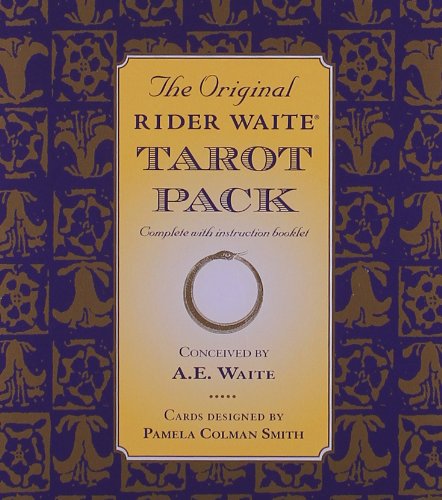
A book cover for The Original Rider Waite Tarot Pack; Arthur Edward Waite; Humor & Entertainment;